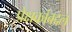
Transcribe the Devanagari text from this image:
प्रेक्षकांबद्दल